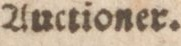
Auctioner.